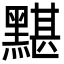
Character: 黮